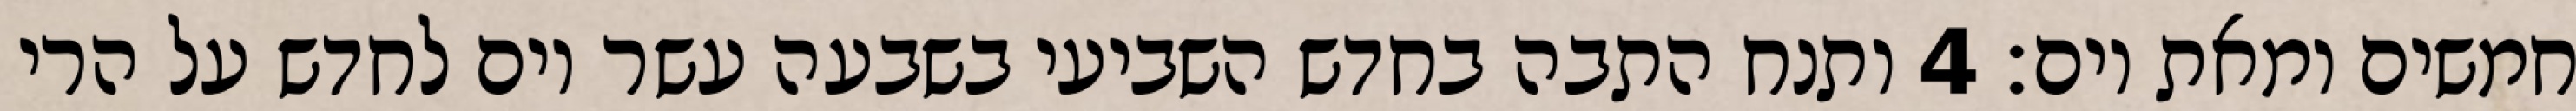
חמשים ומאת יום׃ ‎4‏ ותנח התבה בחדש השביעי בשבעה עשר יום לחדש על הרי